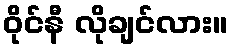
ဝိုင်နီ လိုချင်လား။